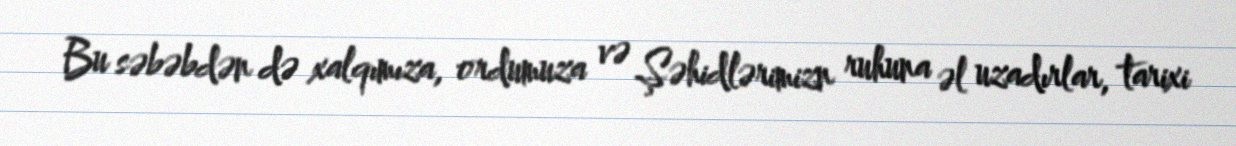
Bu səbəbdən də xalqımıza, ordumuza və Şəhidlərimizn ruhuna əl uzadırlar, tarixi